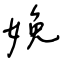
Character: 娩